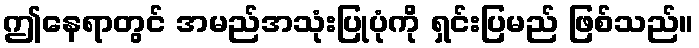
ဤနေရာတွင် အမည်အသုံးပြုပုံကို ရှင်းပြမည် ဖြစ်သည်။